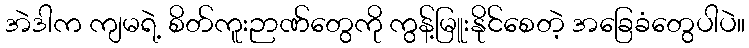
အဲဒါက ကျမရဲ့ စိတ်ကူးဉာဏ်တွေကို ကွန့်မြူးနိုင်စေတဲ့ အခြေခံတွေပါပဲ။